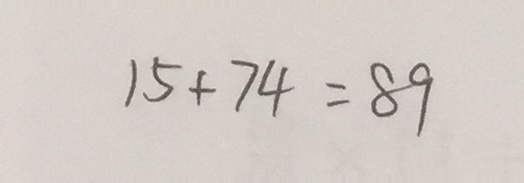
1 5 + 7 4 = 8 9